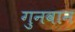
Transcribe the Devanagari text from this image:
गुनवान